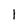
Character: 1